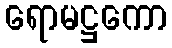
ရောမဋ္ဌကော